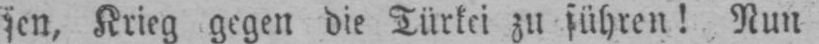
sen, Krieg gegen die Türkei zu führen! Nun